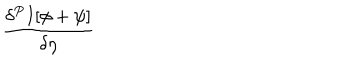
\frac { \delta ^ { P } I [ \phi + \psi ] } { \delta \eta }